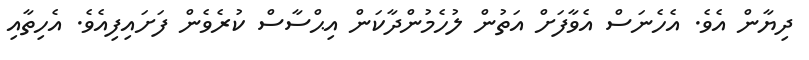
ދިޔާން އެވެ. އެހެނަސް އެވާފަށް އަތުން ލުހެމުންދާކަން އިޙްސާސް ކުރެވެން ފަށައިފިއެވެ. އެހިތާއި